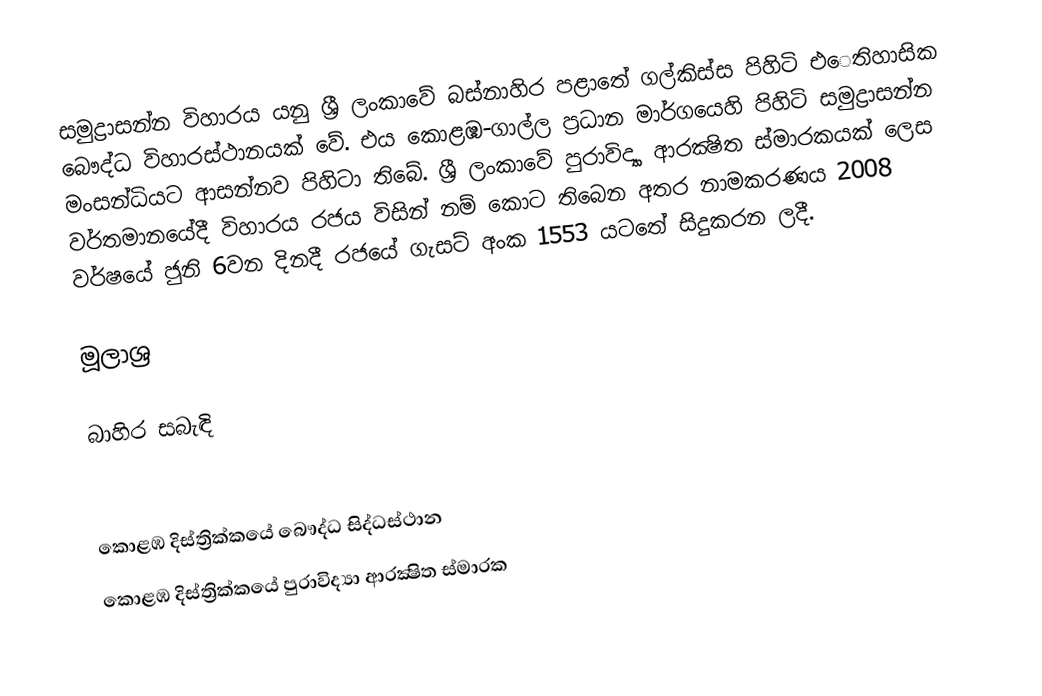
සමුද්‍රාසන්න විහාරය යනු ශ්‍රී ලංකාවේ බස්නාහිර පළාතේ ගල්කිස්ස පිහිටි එෙතිහාසික බෞද්ධ විහාරස්ථානයක් වේ. එය කොළඹ-ගාල්ල ප්‍රධාන මාර්ගයෙහි පිහිටි සමුද්‍රාසන්න මංසන්ධියට ආසන්නව පිහිටා තිබේ. ශ්‍රී ලංකාවේ පුරාවිද්‍යා ආරක්‍ෂිත ස්මාරකයක් ලෙස වර්තමානයේදී විහාරය රජය විසින් නම් කොට තිබෙන අතර නාමකරණය 2008 වර්ෂයේ ජුනි 6වන දිනදී රජයේ ගැසට් අංක 1553 යටතේ සිදුකරන ලදී.

මූලාශ්‍ර

බාහිර සබැඳි

කොළඹ දිස්ත්‍රික්කයේ බෞද්ධ සිද්ධස්ථාන‎
කොළඹ දිස්ත්‍රික්කයේ පුරාවිද්‍යා ආරක්‍ෂිත ස්මාරක